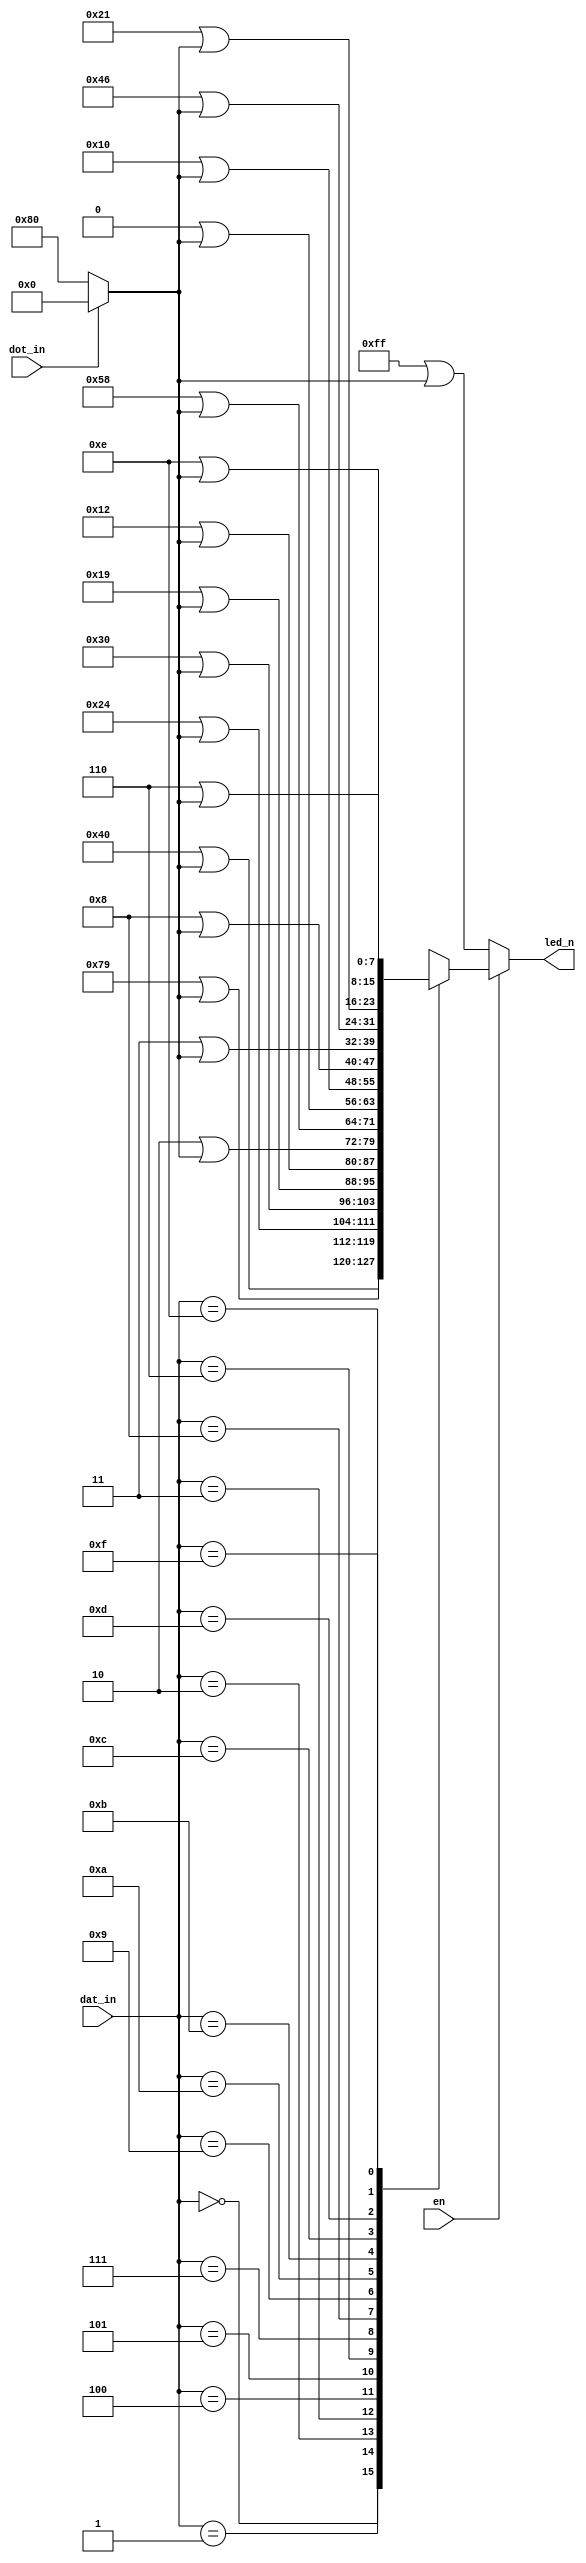
/*

  led_decoder.v
  
  Decoder for 7-seg LED.
  
 */

module led_decoder (
	input  [3:0] dat_in,
	input  dot_in,
	input  en,
	output reg [7:0] led_n
);

wire [7:0] dp = dot_in ? 8'b00000000 : 8'b10000000;

always @* begin
  if (en) begin
    case (dat_in)
      4'h0: led_n = 8'b01000000 | dp;
      4'h1: led_n = 8'b01111001 | dp;
      4'h2: led_n = 8'b00100100 | dp;
      4'h3: led_n = 8'b00110000 | dp;
      4'h4: led_n = 8'b00011001 | dp;
      4'h5: led_n = 8'b00010010 | dp;
      4'h6: led_n = 8'b00000010 | dp;
      4'h7: led_n = 8'b01011000 | dp;
      4'h8: led_n = 8'b00000000 | dp;
      4'h9: led_n = 8'b00010000 | dp;
      4'ha: led_n = 8'b00001000 | dp;
      4'hb: led_n = 8'b00000011 | dp;
      4'hc: led_n = 8'b01000110 | dp;
      4'hd: led_n = 8'b00100001 | dp;
      4'he: led_n = 8'b00000110 | dp;
      4'hf: led_n = 8'b00001110 | dp;
		endcase
	end else
		led_n = 8'b11111111 | dp; 
end

endmodule